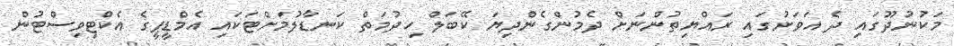
މަކުނުދޫގައި ދެ އަވަށުގައި ރައްޔިތުންނަށް ދެމުންގެންދިޔަ ކޭބަލް ހިދުމަތް ކަނޑާލުމަށްޓަކައި އެމްޑީޕީގެ އެކްޓިވިސްޓުން